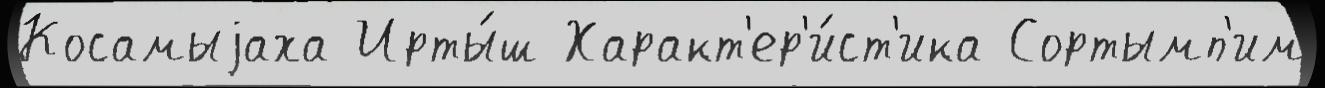
Косамыjаха Ирты́ш Характ'ер'и́ст'ика Сортымп'им